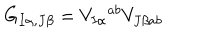
LaTeX: G _ { I \alpha , J \beta } = V _ { I \alpha } { } ^ { a b } V _ { J \beta a b }